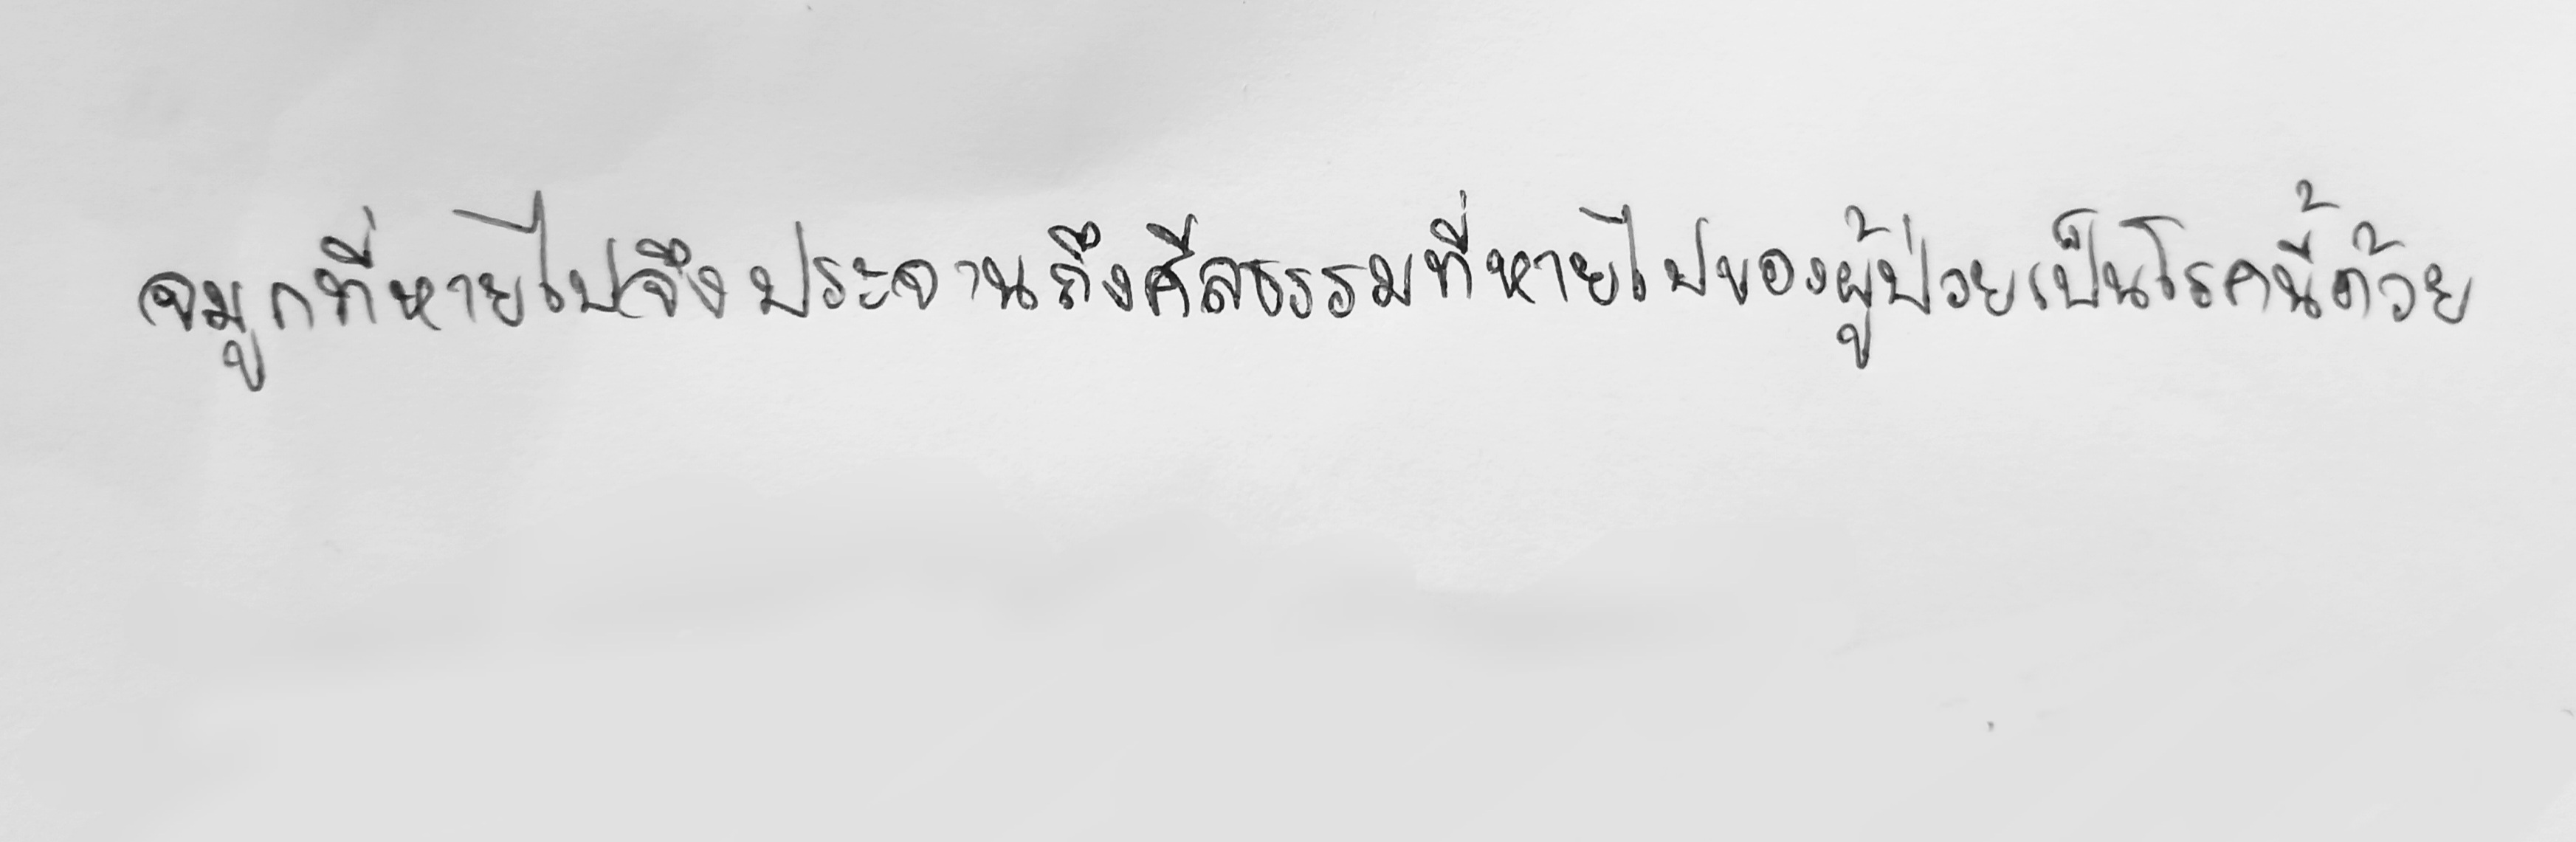
จมูกที่หายไปจึงประจานถึงศีลธรรมที่หายไปของผู้ป่วยเป็นโรคนี้ด้วย